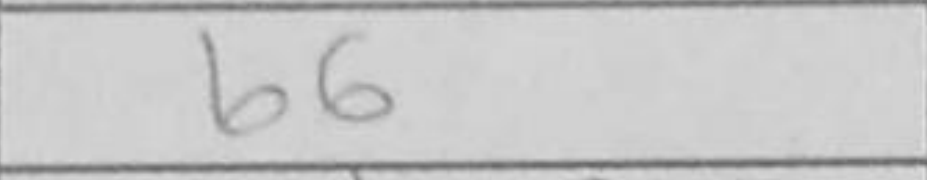
Transcription: b6